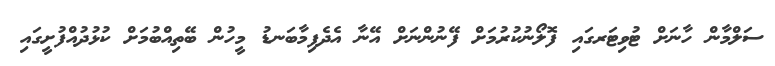
ސަލްމާން ހާނަށް ޓުވިޓަރގައި ފޮލޯނުކުރުމަށް ފޭނުންނަށް އޭނާ އެދެފިމާބަނޑު މީހުން ބޭތިއްބުމަށް ކުޅުދުއްފުށީގައި